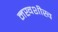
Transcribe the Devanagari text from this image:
नखशीख